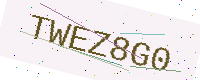
Text: TWEZ8G0